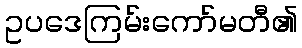
ဥပဒေကြမ်းကော်မတီ၏